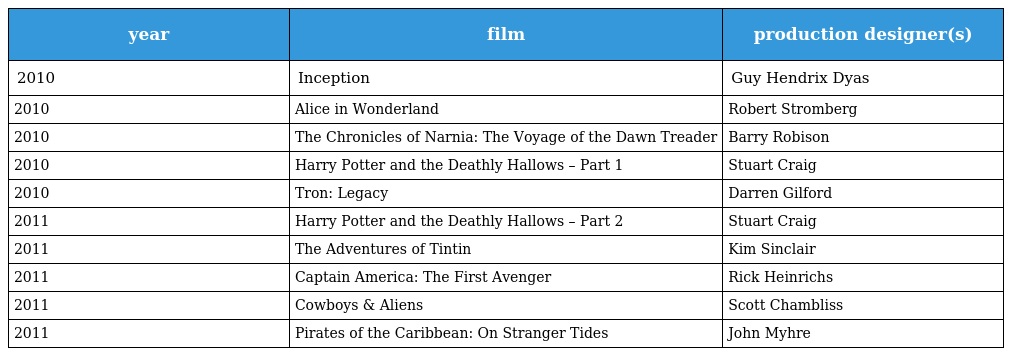
| year | film | production designer(s) |
 | --- | --- | --- |
 | 2010 | Inception | Guy Hendrix Dyas |
 | 2010 | Alice in Wonderland | Robert Stromberg |
 | 2010 | The Chronicles of Narnia: The Voyage of the Dawn Treader | Barry Robison |
 | 2010 | Harry Potter and the Deathly Hallows – Part 1 | Stuart Craig |
 | 2010 | Tron: Legacy | Darren Gilford |
 | 2011 | Harry Potter and the Deathly Hallows – Part 2 | Stuart Craig |
 | 2011 | The Adventures of Tintin | Kim Sinclair |
 | 2011 | Captain America: The First Avenger | Rick Heinrichs |
 | 2011 | Cowboys & Aliens | Scott Chambliss |
 | 2011 | Pirates of the Caribbean: On Stranger Tides | John Myhre |